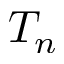
T _ { n }